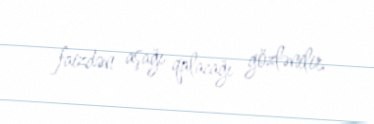
faizdən aşağı qalacağı gözlənilir.